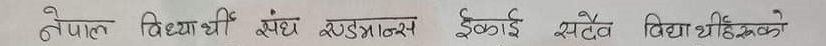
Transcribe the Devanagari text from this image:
नेपाल विद्यार्थी संघ काठमान्डौ इकाई सदैव विद्यार्थीहरुको